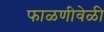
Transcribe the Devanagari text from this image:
फाळणीवेळी